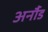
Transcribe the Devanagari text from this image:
अर्नौड